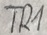
Text: TR1